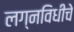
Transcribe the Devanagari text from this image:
लग्नविधीचे